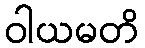
ဝါယမတိ